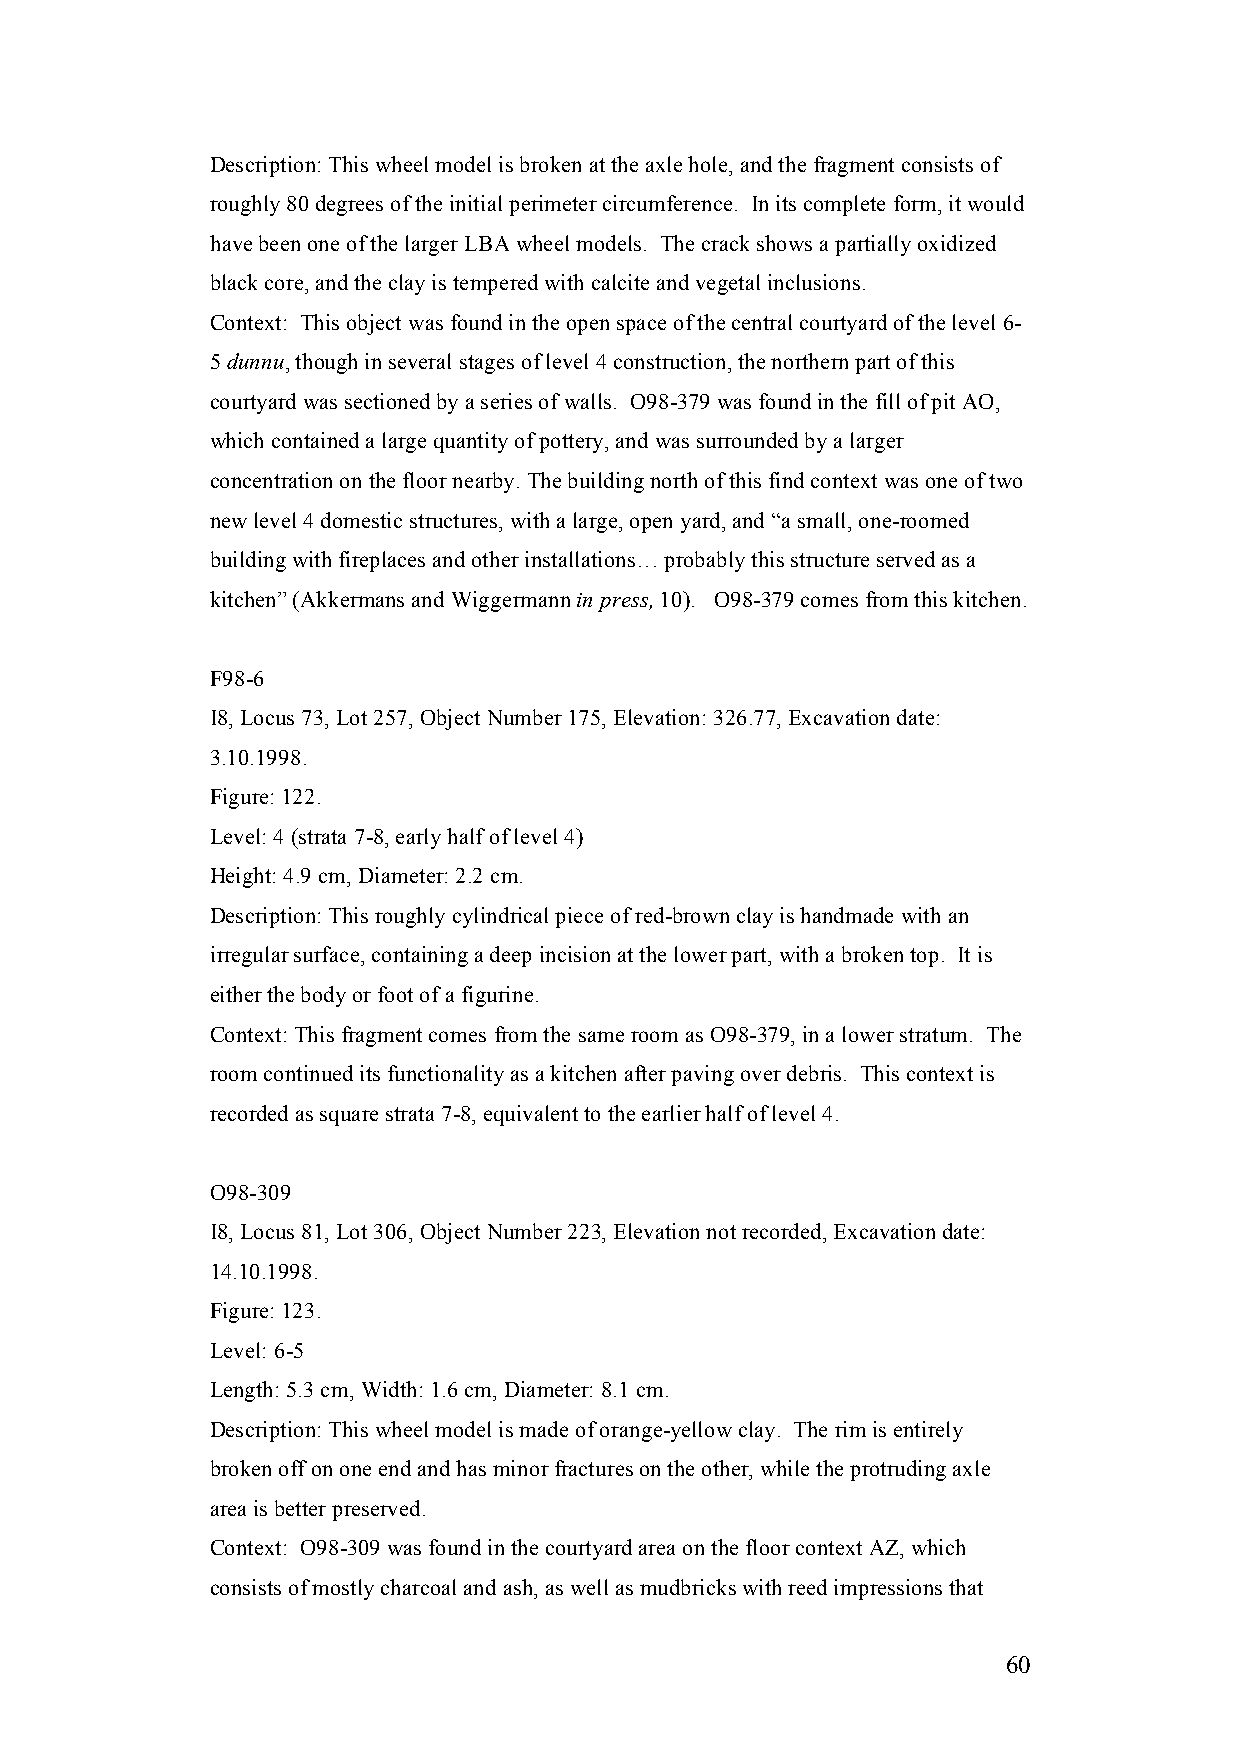
Description: This wheel model is broken at the axle hole, and the fragment consists of
 roughly 80 degrees of the initial perimeter circumference. In its complete form, it would
 have been one of the larger LBA wheel models. The crack shows a partially oxidized
 black core, and the clay is tempered with calcite and vegetal inclusions.
 Context: This object was found in the open space of the central courtyard of the level 6-
 5 dunnu, though in several stages of level 4 construction, the northern part of this
 courtyard was sectioned by a series of walls. O98-379 was found in the fill of pit AO,
 which contained a large quantity of pottery, and was surrounded by a larger
 concentration on the floor nearby. The building north of this find context was one of two
 new level 4 domestic structures, with a large, open yard, and “a small, one-roomed
 building with fireplaces and other installations… probably this structure served as a
 kitchen” (Akkermans and Wiggermann in press, 10). O98-379 comes from this kitchen.
 F98-6
 I8, Locus 73, Lot 257, Object Number 175, Elevation: 326.77, Excavation date:
 3.10.1998.
 Figure: 122.
 Level: 4 (strata 7-8, early half of level 4)
 Height: 4.9 cm, Diameter: 2.2 cm.
 Description: This roughly cylindrical piece of red-brown clay is handmade with an
 irregular surface, containing a deep incision at the lower part, with a broken top. It is
 either the body or foot of a figurine.
 Context: This fragment comes from the same room as O98-379, in a lower stratum. The
 room continued its functionality as a kitchen after paving over debris. This context is
 recorded as square strata 7-8, equivalent to the earlier half of level 4.
 O98-309
 I8, Locus 81, Lot 306, Object Number 223, Elevation not recorded, Excavation date:
 14.10.1998.
 Figure: 123.
 Level: 6-5
 Length: 5.3 cm, Width: 1.6 cm, Diameter: 8.1 cm.
 Description: This wheel model is made of orange-yellow clay. The rim is entirely
 broken off on one end and has minor fractures on the other, while the protruding axle
 area is better preserved.
 Context: O98-309 was found in the courtyard area on the floor context AZ, which
 consists of mostly charcoal and ash, as well as mudbricks with reed impressions that
 60